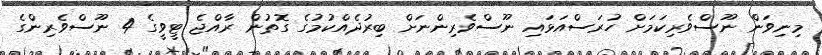
މިނިވަން ނޫސްވެރިކަމަށް ހުރަސްއަޅައި ނޫސްވެރިންނަށް ބިރުދެއްކުމުގެ ގޮތުން ރާއްޖެ ޓީވީގެ 4 ނޫސްވެރިންގެ